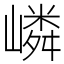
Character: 嶙